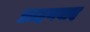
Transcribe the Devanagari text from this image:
ब्रााहृणवाद